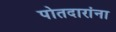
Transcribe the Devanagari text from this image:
पोतदारांना